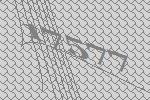
17577